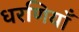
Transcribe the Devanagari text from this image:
धरणियाँ